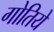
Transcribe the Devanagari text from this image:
गोतिये